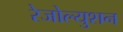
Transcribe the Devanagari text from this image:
रेजोल्युशन